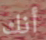
أنك